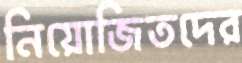
নিয়োজিতদের